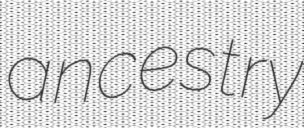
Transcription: ancestry